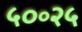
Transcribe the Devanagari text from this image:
५०॰२५